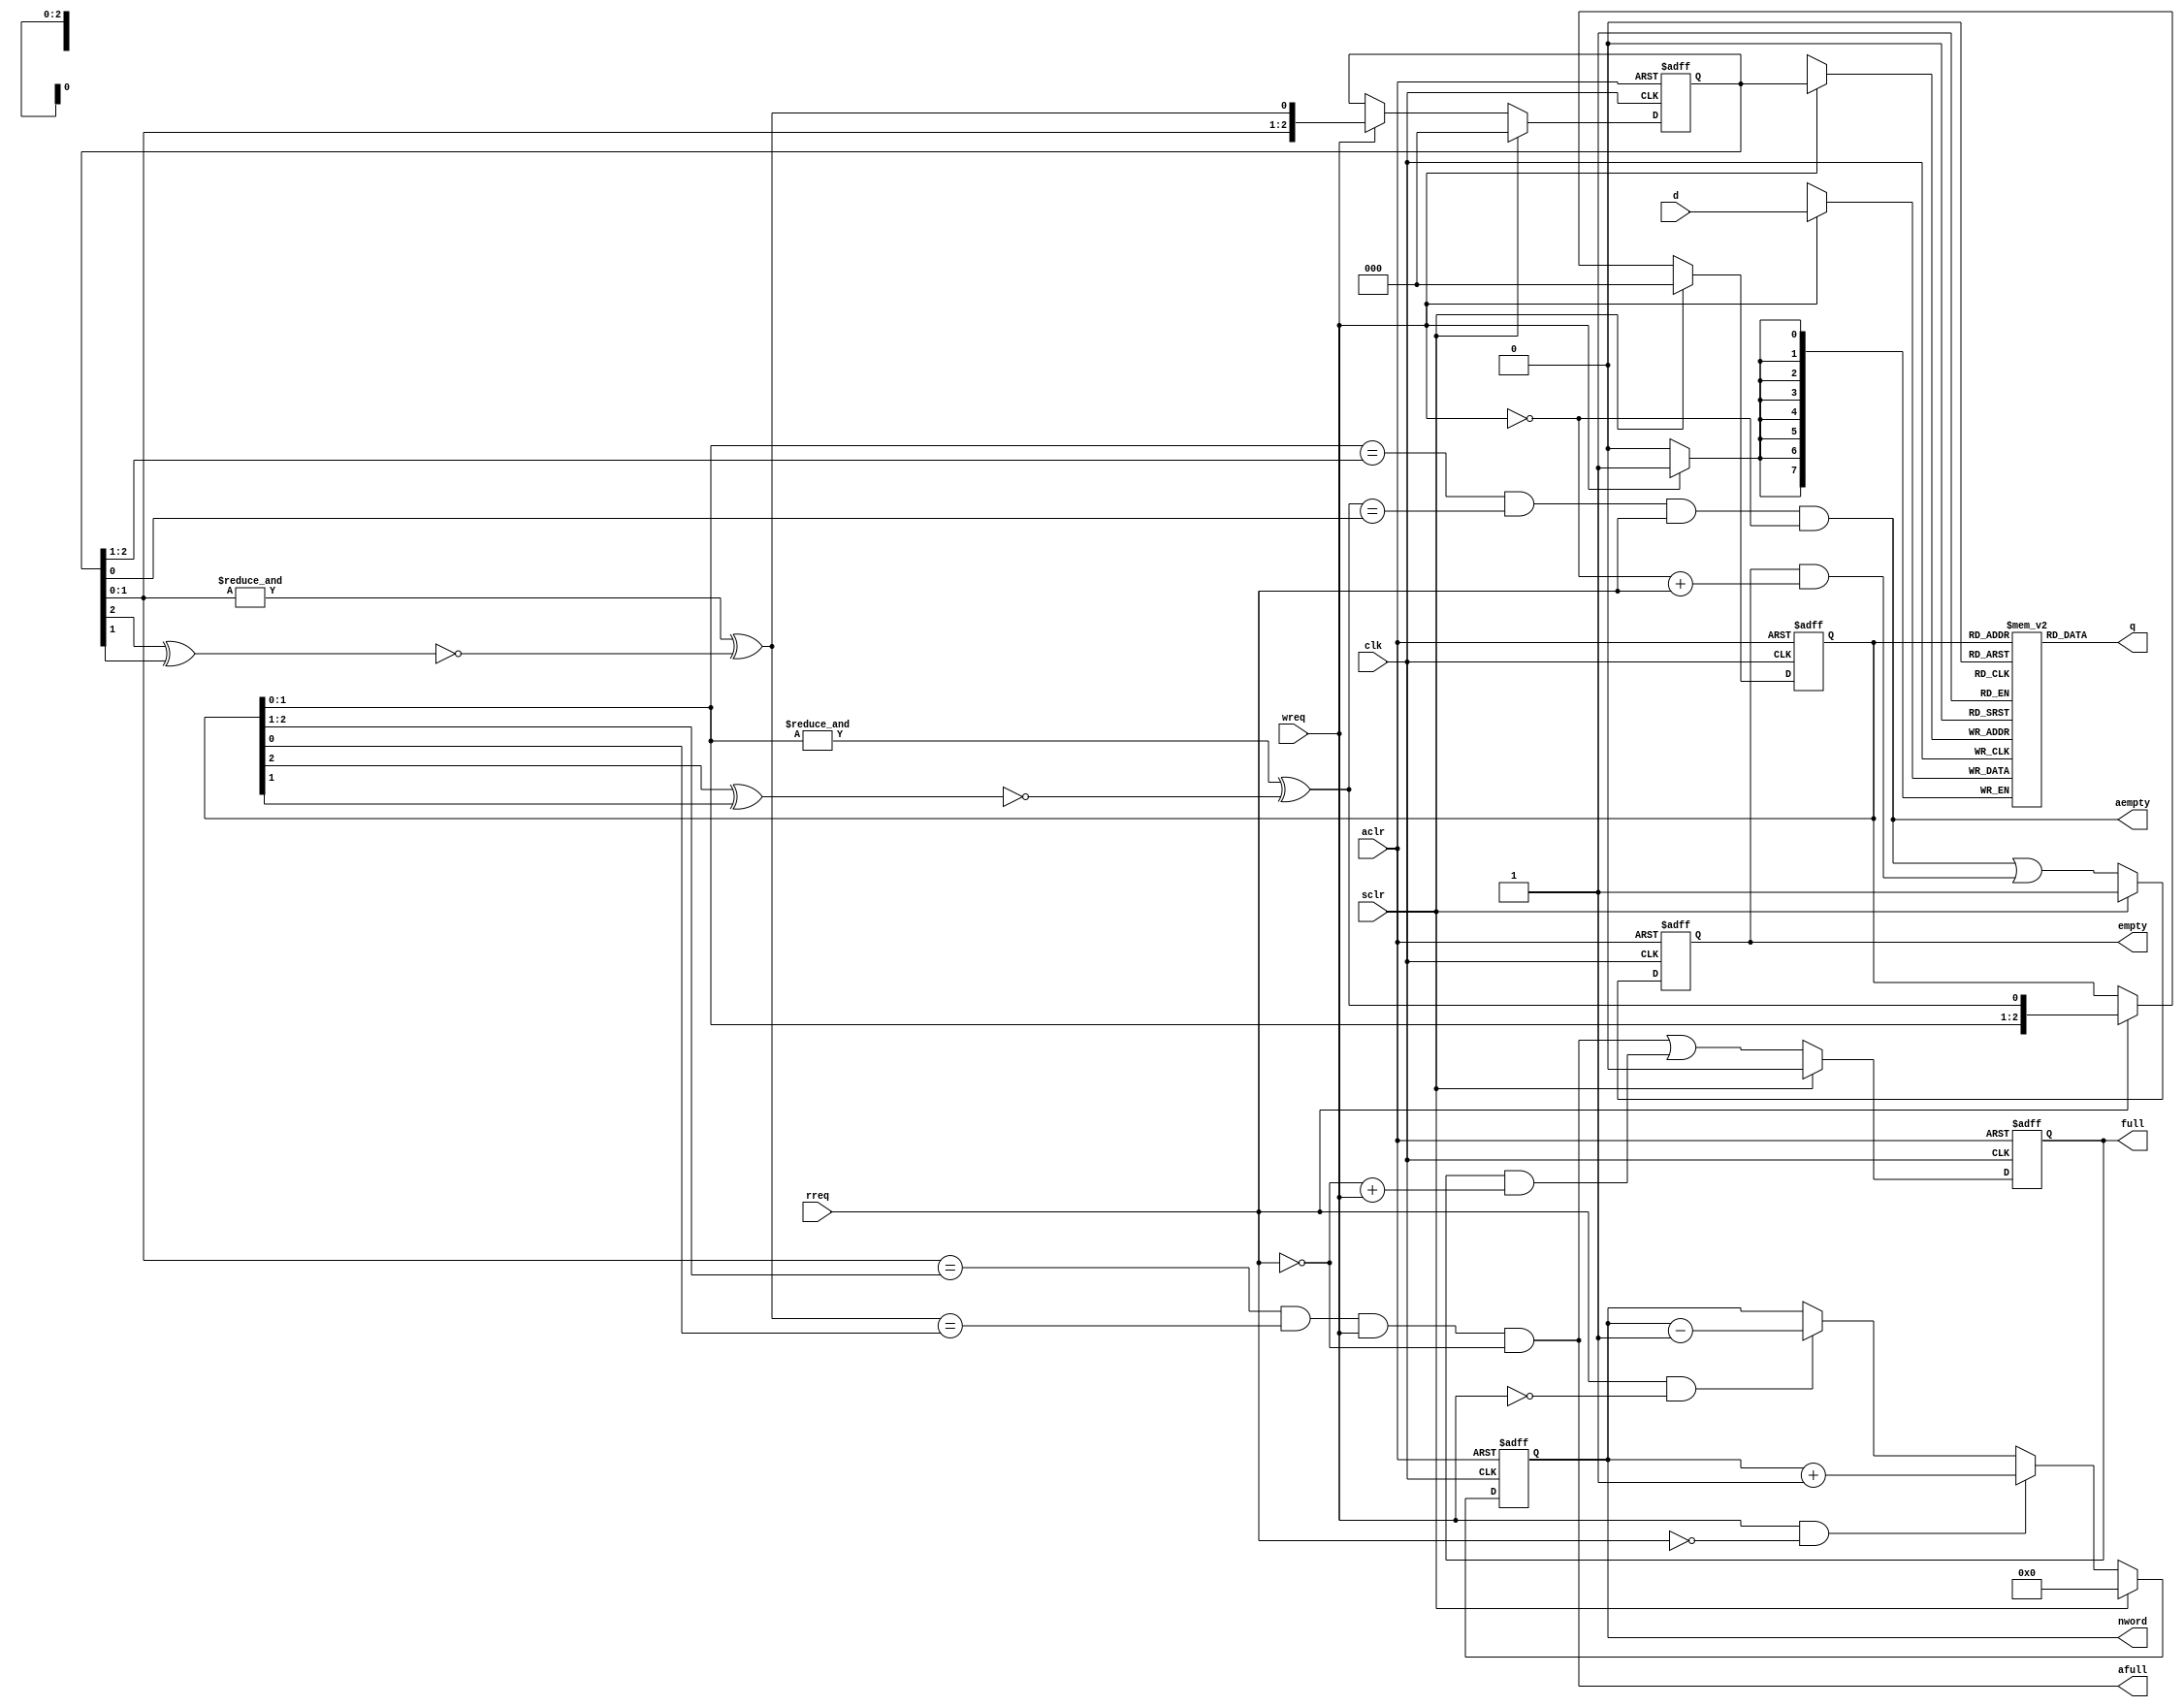
/////////////////////////////////////////////////////////////////////
////                                                             ////
////  generic FIFO, uses LFSRs for read/write pointers           ////
////                                                             ////
////          richard@asics.ws                                   ////
////          www.asics.ws                                       ////
////                                                             ////
/////////////////////////////////////////////////////////////////////
////                                                             ////
//// Copyright (C) 2001, 2002 Richard Herveille                  ////
////                          richard@asics.ws                   ////
////                                                             ////
//// This source file may be used and distributed without        ////
//// restriction provided that this copyright statement is not   ////
//// removed from the file and that any derivative work contains ////
//// the original copyright notice and the associated disclaimer.////
////                                                             ////
////     THIS SOFTWARE IS PROVIDED ``AS IS'' AND WITHOUT ANY     ////
//// EXPRESS OR IMPLIED WARRANTIES, INCLUDING, BUT NOT LIMITED   ////
//// TO, THE IMPLIED WARRANTIES OF MERCHANTABILITY AND FITNESS   ////
//// FOR A PARTICULAR PURPOSE. IN NO EVENT SHALL THE AUTHOR      ////
//// OR CONTRIBUTORS BE LIABLE FOR ANY DIRECT, INDIRECT,         ////
//// INCIDENTAL, SPECIAL, EXEMPLARY, OR CONSEQUENTIAL DAMAGES    ////
//// (INCLUDING, BUT NOT LIMITED TO, PROCUREMENT OF SUBSTITUTE   ////
//// GOODS OR SERVICES; LOSS OF USE, DATA, OR PROFITS; OR        ////
//// BUSINESS INTERRUPTION) HOWEVER CAUSED AND ON ANY THEORY OF  ////
//// LIABILITY, WHETHER IN  CONTRACT, STRICT LIABILITY, OR TORT  ////
//// (INCLUDING NEGLIGENCE OR OTHERWISE) ARISING IN ANY WAY OUT  ////
//// OF THE USE OF THIS SOFTWARE, EVEN IF ADVISED OF THE         ////
//// POSSIBILITY OF SUCH DAMAGE.                                 ////
////                                                             ////
/////////////////////////////////////////////////////////////////////

//  CVS Log
//
//  $Id: vga_fifo.v,v 1.8 2003-08-01 11:46:38 rherveille Exp $
//
//  $Date: 2003-08-01 11:46:38 $
//  $Revision: 1.8 $
//  $Author: rherveille $
//  $Locker:  $
//  $State: Exp $
//
// Change History:
//               $Log: not supported by cvs2svn $
//               Revision 1.7  2003/05/07 09:48:54  rherveille
//               Fixed some Wishbone RevB.3 related bugs.
//               Changed layout of the core. Blocks are located more logically now.
//               Started work on a dual clocked/double edge 12bit output. Commonly used by external devices like DVI transmitters.
//
//               Revision 1.6  2002/02/07 05:42:10  rherveille
//               Fixed some bugs discovered by modified testbench
//               Removed / Changed some strange logic constructions
//               Started work on hardware cursor support (not finished yet)
//               Changed top-level name to vga_enh_top.v
//
/*
//synopsys translate_off
`include "timescale.v"
//synopsys translate_on
*/
`timescale 1ns / 1ps


// set FIFO_RW_CHECK to prevent writing to a full and reading from an empty FIFO
//`define FIFO_RW_CHECK

// Long Pseudo Random Generators can generate (N^2 -1) combinations. This means
// 1 FIFO entry is unavailable. This might be a problem, especially for small
// FIFOs. Setting VGA_FIFO_ALL_ENTRIES creates additional logic that ensures that
// all FIFO entries are used at the expense of some additional logic.
`define VGA_FIFO_ALL_ENTRIES

module vga_fifo (
	clk,
	aclr,
	sclr,
	wreq,
	rreq,
	d,
	q,
	nword,
	empty,
	full,
	aempty,
	afull
	);

	//
	// parameters
	//
	parameter aw =  3;                         // no.of entries (in bits; 2^7=128 entries)
	parameter dw =  8;                         // datawidth (in bits)

	//
	// inputs & outputs
	//
	input             clk;                     // master clock
	input             aclr;                    // asynchronous active low reset
	input             sclr;                    // synchronous active high reset

	input             wreq;                    // write request
	input             rreq;                    // read request
	input  [dw:1]     d;                       // data-input
	output [dw:1]     q;                       // data-output

	output [aw:0]     nword;                   // number of words in FIFO

	output            empty;                   // fifo empty
	output            full;                    // fifo full

	output            aempty;                  // fifo asynchronous/almost empty (1 entry left)
	output            afull;                   // fifo asynchronous/almost full (1 entry left)

	reg [aw:0] nword;
	reg        empty, full;

	//
	// Module body
	//
	reg  [aw:1] rp, wp;
	wire [dw:1] ramq;
	wire fwreq, frreq;

`ifdef VGA_FIFO_ALL_ENTRIES
	function lsb;
	   input [aw:1] q;
	   case (aw)
	       2: lsb = ~q[2];
	       3: lsb = &q[aw-1:1] ^ ~(q[3] ^ q[2]);
	       4: lsb = &q[aw-1:1] ^ ~(q[4] ^ q[3]);
	       5: lsb = &q[aw-1:1] ^ ~(q[5] ^ q[3]);
	       6: lsb = &q[aw-1:1] ^ ~(q[6] ^ q[5]);
	       7: lsb = &q[aw-1:1] ^ ~(q[7] ^ q[6]);
	       8: lsb = &q[aw-1:1] ^ ~(q[8] ^ q[6] ^ q[5] ^ q[4]);
	       9: lsb = &q[aw-1:1] ^ ~(q[9] ^ q[5]);
	      10: lsb = &q[aw-1:1] ^ ~(q[10] ^ q[7]);
	      11: lsb = &q[aw-1:1] ^ ~(q[11] ^ q[9]);
	      12: lsb = &q[aw-1:1] ^ ~(q[12] ^ q[6] ^ q[4] ^ q[1]);
	      13: lsb = &q[aw-1:1] ^ ~(q[13] ^ q[4] ^ q[3] ^ q[1]);
	      14: lsb = &q[aw-1:1] ^ ~(q[14] ^ q[5] ^ q[3] ^ q[1]);
	      15: lsb = &q[aw-1:1] ^ ~(q[15] ^ q[14]);
	      16: lsb = &q[aw-1:1] ^ ~(q[16] ^ q[15] ^ q[13] ^ q[4]);
	   endcase
	endfunction
`else
	function lsb;
	   input [aw:1] q;
	   case (aw)
	       2: lsb = ~q[2];
	       3: lsb = ~(q[3] ^ q[2]);
	       4: lsb = ~(q[4] ^ q[3]);
	       5: lsb = ~(q[5] ^ q[3]);
	       6: lsb = ~(q[6] ^ q[5]);
	       7: lsb = ~(q[7] ^ q[6]);
	       8: lsb = ~(q[8] ^ q[6] ^ q[5] ^ q[4]);
	       9: lsb = ~(q[9] ^ q[5]);
	      10: lsb = ~(q[10] ^ q[7]);
	      11: lsb = ~(q[11] ^ q[9]);
	      12: lsb = ~(q[12] ^ q[6] ^ q[4] ^ q[1]);
	      13: lsb = ~(q[13] ^ q[4] ^ q[3] ^ q[1]);
	      14: lsb = ~(q[14] ^ q[5] ^ q[3] ^ q[1]);
	      15: lsb = ~(q[15] ^ q[14]);
	      16: lsb = ~(q[16] ^ q[15] ^ q[13] ^ q[4]);
	   endcase
	endfunction
`endif

`ifdef RW_CHECK
  assign fwreq = wreq & ~full;
  assign frreq = rreq & ~empty;
`else
  assign fwreq = wreq;
  assign frreq = rreq;
`endif

	//
	// hookup read-pointer
	//
	always @(posedge clk or negedge aclr)
	  if (~aclr)      rp <= #1 0;
	  else if (sclr)  rp <= #1 0;
	  else if (frreq) rp <= #1 {rp[aw-1:1], lsb(rp)};

	//
	// hookup write-pointer
	//
	always @(posedge clk or negedge aclr)
	  if (~aclr)      wp <= #1 0;
	  else if (sclr)  wp <= #1 0;
	  else if (fwreq) wp <= #1 {wp[aw-1:1], lsb(wp)};


	//
	// hookup memory-block
	//
	reg [dw:1] mem [(1<<aw) -1:0];

	// memory array operations
	always @(posedge clk)
	  if (fwreq)
	    mem[wp] <= #1 d;

	assign q = mem[rp];


	// generate full/empty signals
	assign aempty = (rp[aw-1:1] == wp[aw:2]) & (lsb(rp) == wp[1]) & frreq & ~fwreq;
	always @(posedge clk or negedge aclr)
	  if (~aclr)
	    empty <= #1 1'b1;
	  else if (sclr)
	    empty <= #1 1'b1;
	  else
	    empty <= #1 aempty | (empty & (~fwreq + frreq));

	assign afull = (wp[aw-1:1] == rp[aw:2]) & (lsb(wp) == rp[1]) & fwreq & ~frreq;
	always @(posedge clk or negedge aclr)
	  if (~aclr)
	    full <= #1 1'b0;
	  else if (sclr)
	    full <= #1 1'b0;
	  else
	    full <= #1 afull | ( full & (~frreq + fwreq) );

	// number of words in fifo
	always @(posedge clk or negedge aclr)
	  if (~aclr)
	    nword <= #1 0;
	  else if (sclr)
	    nword <= #1 0;
	  else
	    begin
	        if (wreq & !rreq)
	          nword <= #1 nword + 10'h1;
	        else if (rreq & !wreq)
	          nword <= #1 nword - 10'h1;
	    end

	//
	// Simulation checks
	//
	// synopsys translate_off
	always @(posedge clk)
	  if (full & fwreq)
	    $display("Writing while FIFO full (%m)\n");

	always @(posedge clk)
	  if (empty & frreq)
	    $display("Reading while FIFO empty (%m)\n");
	// synopsys translate_on
endmodule